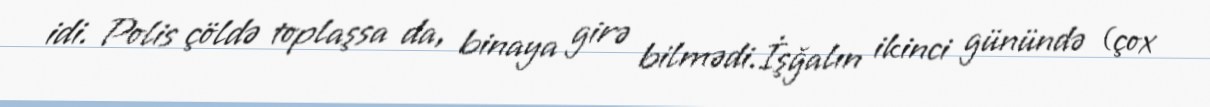
idi. Polis çöldə toplaşsa da, binaya girə bilmədi.İşğalın ikinci günündə (çox